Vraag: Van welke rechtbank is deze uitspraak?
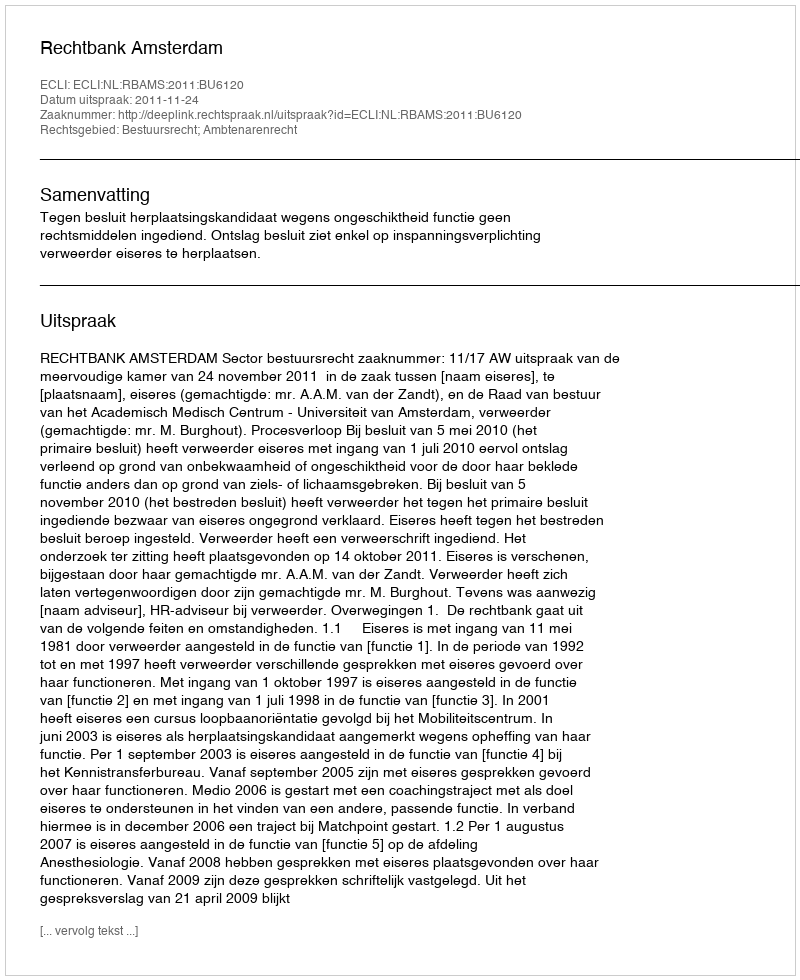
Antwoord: Rechtbank Amsterdam